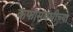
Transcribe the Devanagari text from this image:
कफासंबंधीच्या